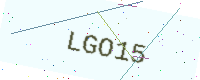
Text: LGO15